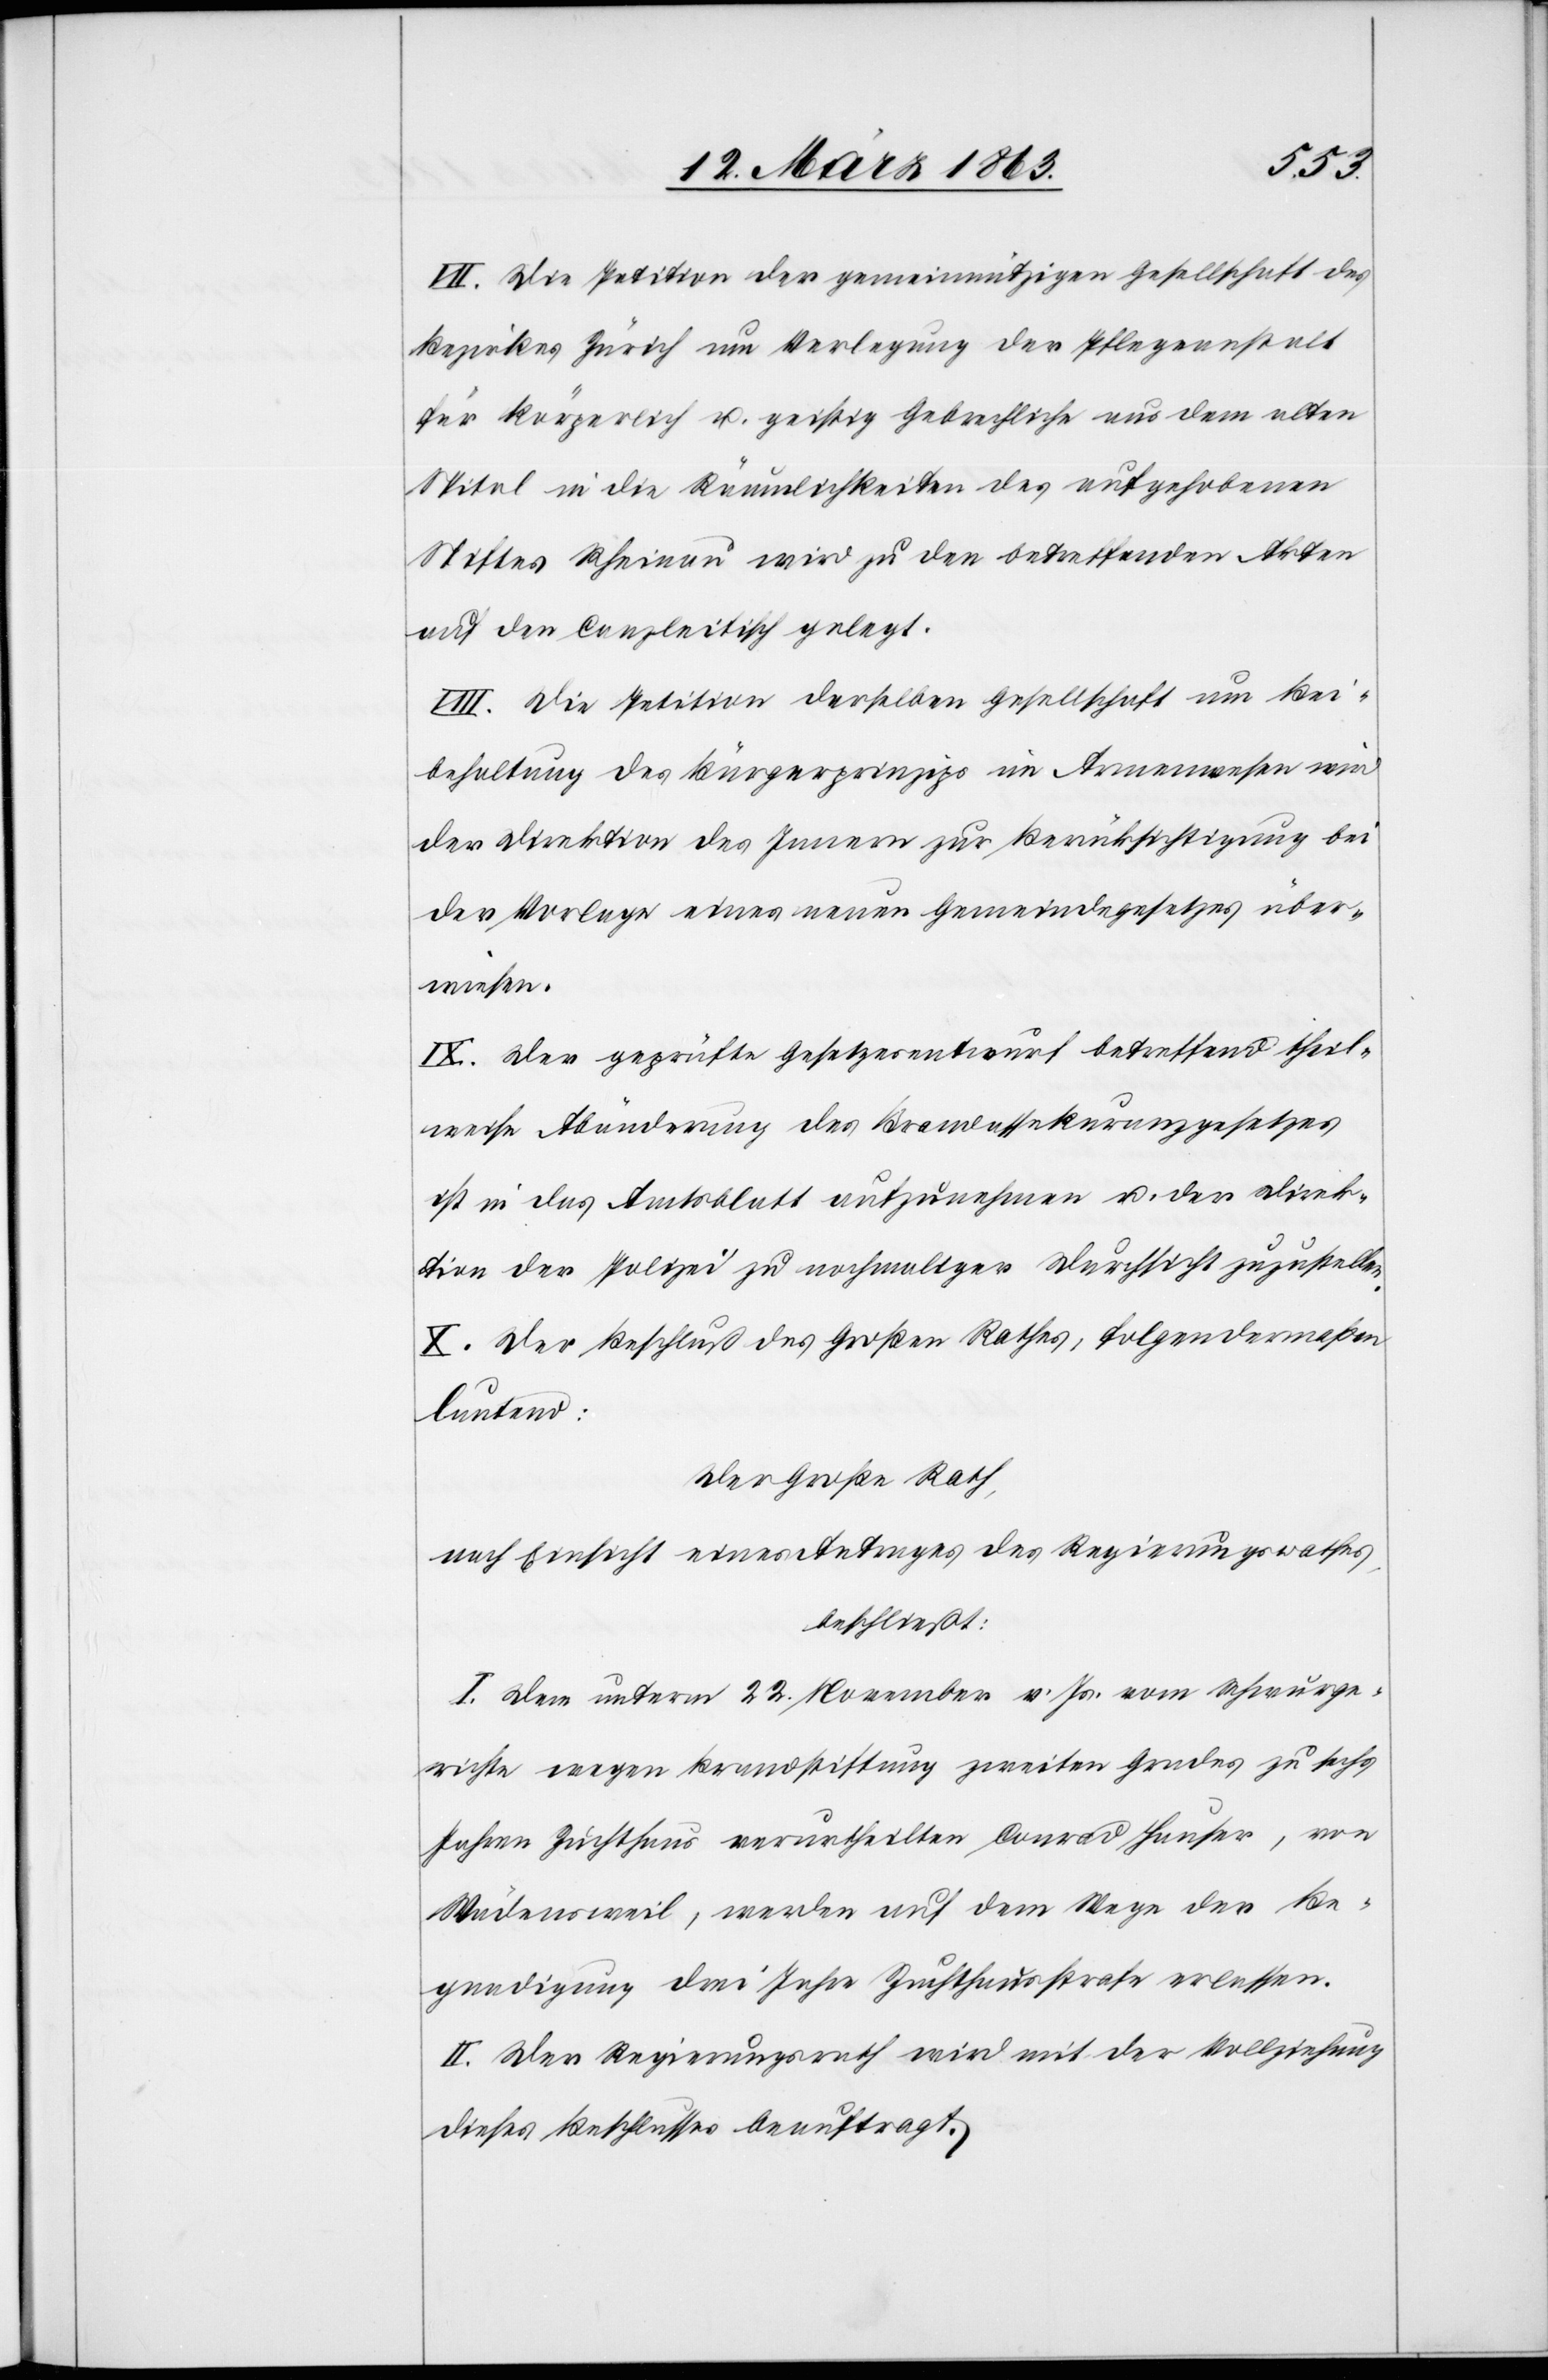
VII. Die Petition der gemeinnützigen Gesellschaft des
Bezirkes Zürich um Verlegung der Pflegeanstalt
für körperliche u. geistig Gebrechliche aus dem alten
Spital in die Räumlichkeiten des aufgehobenen
Stiftes Rheinau wird zu den betreffenden Akten
auf den Canzleitisch gelegt.
VIII. Die Petition derselben Gesellschaft um Bei¬
behaltung des Bürgerprinzips im Armenwesen wird
der Direktion des Innern zur Berücksichtigung bei
der Vorlage eines neuen Gemeindegesetzes über¬
wiesen.
IX. Der geprüfte Gesetzesentwurf betreffend theil¬
weise Abänderung des Brandassekuranzgesetzes
ist in das Amtsblatt aufzunehmen u. der Direk¬
tion der Polizei zu nochmaliger Durchsicht zuzustellen.
X. Der Beschluß des Großen Rathes, folgendermaßen
lautend:
Der Große Rath,
nach Einsicht eines Antrages des Regierungsrathes,
beschließt:
I. Dem unterm 22. November v. Js. vom Schwurge¬
richte wegen Brandstiftung zweiten Grades zu sechs
Jahren Zuchthaus verurtheilten Conrad Hauser, von
Wädensweil, werden auf dem Wege der Be¬
gnadigung drei Jahre Zuchthausstrafe erlassen.
II. Der Regierungsrath wird mit der Vollziehung
dieses Beschlusses beauftragt.